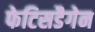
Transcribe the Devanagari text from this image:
फेटिसडैगेन